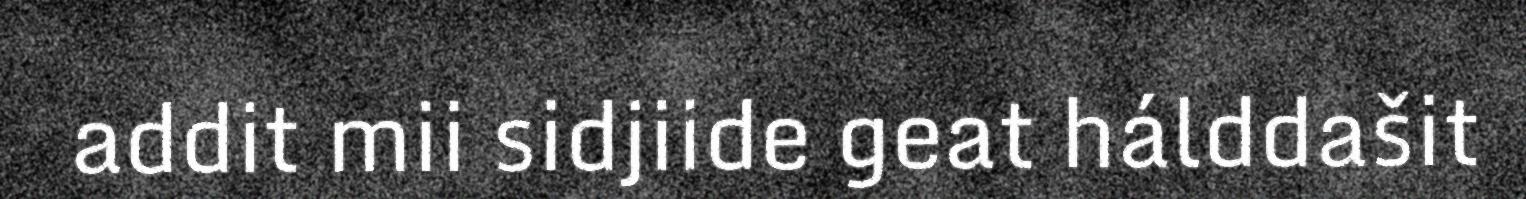
addit mii sidjiide geat hálddašit